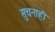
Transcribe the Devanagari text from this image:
सुचनाही